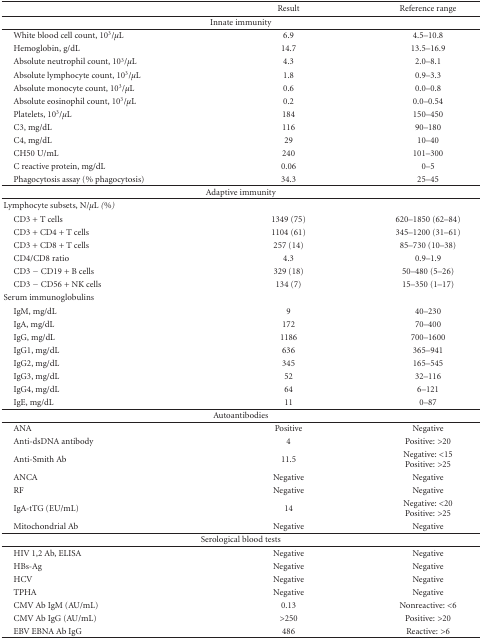
<table><thead><tr><td><b> </b></td><td><b>Result</b></td><td><b>Reference range</b></td></tr></thead><tbody><tr><td colspan="3">Innate immunity</td></tr><tr><td> White blood cell count, 10<sup>3</sup>/<i>μ</i>L</td><td>6.9</td><td>4.5–10.8</td></tr><tr><td> Hemoglobin, g/dL</td><td>14.7</td><td>13.5–16.9</td></tr><tr><td> Absolute neutrophil count, 10<sup>3</sup>/<i>μ</i>L</td><td>4.3</td><td>2.0–8.1</td></tr><tr><td> Absolute lymphocyte count, 10<sup>3</sup>/<i>μ</i>L</td><td>1.8</td><td>0.9–3.3</td></tr><tr><td> Absolute monocyte count, 10<sup>3</sup>/<i>μ</i>L</td><td>0.6</td><td>0.0–0.8</td></tr><tr><td> Absolute eosinophil count, 10<sup>3</sup>/<i>μ</i>L</td><td>0.2</td><td>0.0–0.54</td></tr><tr><td> Platelets, 10<sup>3</sup>/<i>μ</i>L</td><td>184</td><td>150–450</td></tr><tr><td> C3, mg/dL</td><td>116</td><td>90–180</td></tr><tr><td> C4, mg/dL</td><td>29</td><td>10–40</td></tr><tr><td> CH50 U/mL</td><td>240</td><td>101–300</td></tr><tr><td> C reactive protein, mg/dL</td><td>0.06</td><td>0–5</td></tr><tr><td> Phagocytosis assay (% phagocytosis)</td><td>34.3</td><td>25–45</td></tr><tr><td colspan="3">Adaptive immunity </td></tr><tr><td>Lymphocyte subsets, N/<i>μ</i>L<i> (%) </i></td><td> </td><td> </td></tr><tr><td> CD3 + T cells</td><td>1349 (75)</td><td>620–1850 (62–84)</td></tr><tr><td> CD3 + CD4 + T cells</td><td>1104 (61)</td><td>345–1200 (31–61)</td></tr><tr><td> CD3 + CD8 + T cells</td><td>257 (14)</td><td>85–730 (10–38)</td></tr><tr><td> CD4/CD8 ratio</td><td>4.3</td><td>0.9–1.9</td></tr><tr><td> CD3 − CD19 + B cells</td><td>329 (18)</td><td>50–480 (5–26)</td></tr><tr><td> CD3 − CD56 + NK cells</td><td>134 (7) </td><td>15–350 (1–17)</td></tr><tr><td>Serum immunoglobulins</td><td> </td><td> </td></tr><tr><td> IgM, mg/dL</td><td>9</td><td>40–230</td></tr><tr><td> IgA, mg/dL</td><td>172</td><td>70–400</td></tr><tr><td> IgG, mg/dL</td><td>1186</td><td>700–1600</td></tr><tr><td> IgG1, mg/dL</td><td>636</td><td>365–941</td></tr><tr><td> IgG2, mg/dL</td><td>345</td><td>165–545</td></tr><tr><td> IgG3, mg/dL</td><td>52</td><td>32–116</td></tr><tr><td> IgG4, mg/dL</td><td>64</td><td>6–121</td></tr><tr><td> IgE, mg/dL</td><td>11</td><td>0–87</td></tr><tr><td colspan="3">Autoantibodies</td></tr><tr><td> ANA</td><td>Positive </td><td>Negative</td></tr><tr><td> Anti-dsDNA antibody</td><td>4</td><td>Positive: &gt;20</td></tr><tr><td> Anti-Smith Ab</td><td>11.5</td><td>Negative: &lt;15Positive: &gt;25</td></tr><tr><td> ANCA</td><td>Negative</td><td>Negative</td></tr><tr><td> RF</td><td>Negative</td><td>Negative</td></tr><tr><td> IgA-tTG (EU/mL)</td><td>14</td><td>Negative: &lt;20Positive: &gt;25 </td></tr><tr><td> Mitochondrial Ab</td><td>Negative</td><td>Negative</td></tr><tr><td colspan="3">Serological blood tests</td></tr><tr><td> HIV 1,2 Ab, ELISA</td><td>Negative</td><td>Negative</td></tr><tr><td> HBs-Ag</td><td>Negative</td><td>Negative</td></tr><tr><td> HCV</td><td>Negative</td><td>Negative</td></tr><tr><td> TPHA</td><td>Negative</td><td>Negative</td></tr><tr><td> CMV Ab IgM (AU/mL)</td><td>0.13</td><td>Nonreactive: &lt;6</td></tr><tr><td> CMV Ab IgG (AU/mL)</td><td>&gt;250</td><td>Positive: &gt;20</td></tr><tr><td> EBV EBNA Ab IgG</td><td>486</td><td>Reactive: &gt;6</td></tr></tbody></table>